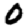
Digit: 0